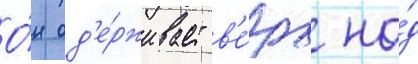
О́н од'е́рживает в'е́рх на́д